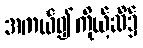
အကယ်၍ကိုယ့်ဆီ၌